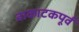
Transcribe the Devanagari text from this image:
वाकाटकपूर्व